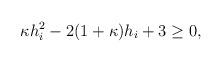
LaTeX: \begin{align*}\begin{aligned} \kappa h_i^2 - 2(1+\kappa)h_i + 3 {}\geq{} 0, \\\end{aligned}\end{align*}